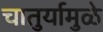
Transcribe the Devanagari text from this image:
चातुर्यामुळे